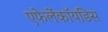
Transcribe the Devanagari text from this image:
एफेलेंकॉयडिस